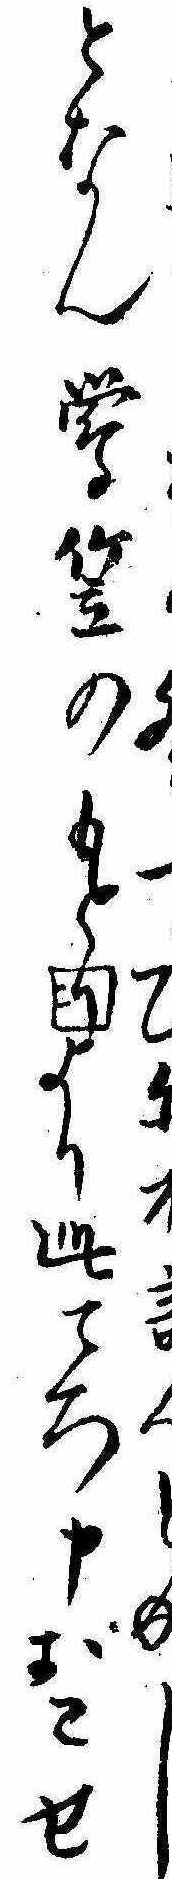
冬つひに不言成しとなん鴬笠のもとより此ころ申おこせ